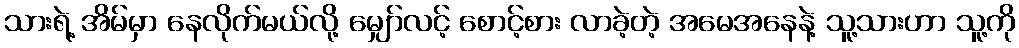
သားရဲ့ အိမ်မှာ နေလိုက်မယ်လို့ မျှော်လင့် စောင့်စား လာခဲ့တဲ့ အမေအနေနဲ့ သူ့သားဟာ သူ့ကို